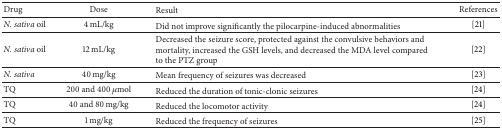
<table><thead><tr><td><b>Drug</b></td><td><b>Dose</b></td><td><b>Result</b></td><td><b>References</b></td></tr></thead><tbody><tr><td><i>N. sativa</i> oil</td><td>4 mL/kg</td><td>Did not improve significantly the pilocarpine-induced abnormalities</td><td>[21] </td></tr><tr><td><i>N. sativa</i> oil</td><td>12 mL/kg</td><td>Decreased the seizure score, protected against the convulsive behaviors and mortality, increased the GSH levels, and decreased the MDA level compared to the PTZ group</td><td>[22]</td></tr><tr><td><i>N. sativa</i></td><td>40 mg/kg</td><td>Mean frequency of seizures was decreased</td><td>[23]</td></tr><tr><td>TQ</td><td>200 and 400 <i>μ</i>mol</td><td>Reduced the duration of tonic-clonic seizures</td><td>[24] </td></tr><tr><td>TQ</td><td>40 and 80 mg/kg</td><td>Reduced the locomotor activity</td><td>[24] </td></tr><tr><td>TQ </td><td>1 mg/kg</td><td>Reduced the frequency of seizures</td><td>[25] </td></tr></tbody></table>